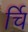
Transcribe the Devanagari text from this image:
र्चि